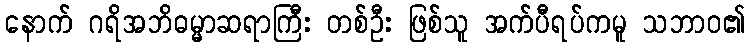
နောက် ဂရိအဘိဓမ္မာဆရာကြီး တစ်ဦး ဖြစ်သူ အက်ပီရပ်ကမူ သဘာဝ၏